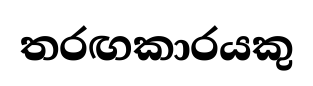
තරඟකාරයකු